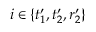
i \in \{ t _ { 1 } ^ { \prime } , t _ { 2 } ^ { \prime } , r _ { 2 } ^ { \prime } \}